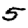
Digit: 5